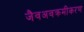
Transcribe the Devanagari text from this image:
जैवअवक्रमीकरण